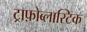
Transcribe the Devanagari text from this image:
ट्राफ़ोब्लास्टिक